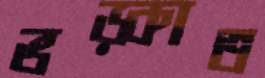
ভড়্‌কাত